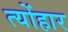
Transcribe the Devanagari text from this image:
त्योंहार